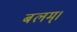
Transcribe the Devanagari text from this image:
बलम्।